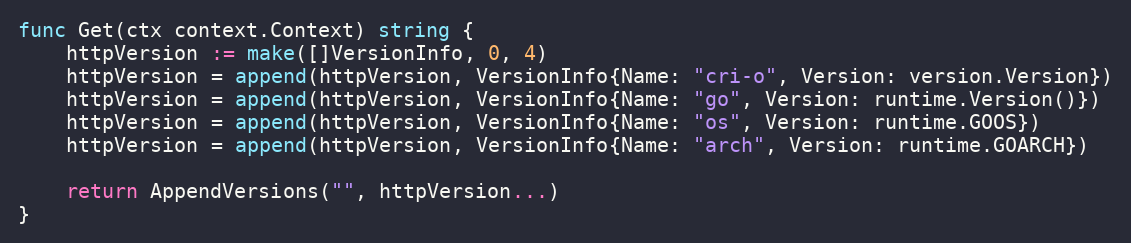
Language: Go
func Get(ctx context.Context) string {
	httpVersion := make([]VersionInfo, 0, 4)
	httpVersion = append(httpVersion, VersionInfo{Name: "cri-o", Version: version.Version})
	httpVersion = append(httpVersion, VersionInfo{Name: "go", Version: runtime.Version()})
	httpVersion = append(httpVersion, VersionInfo{Name: "os", Version: runtime.GOOS})
	httpVersion = append(httpVersion, VersionInfo{Name: "arch", Version: runtime.GOARCH})

	return AppendVersions("", httpVersion...)
}